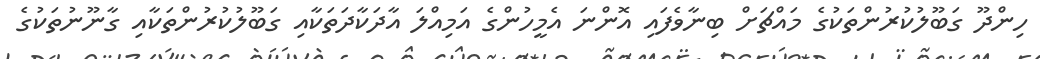
ހިންދޫ ގަބޫލުކުރުންތަކުގެ މައްޗަށް ބިނާވެފައި އޮންނަ އެމީހުންގެ އަމިއްލަ އާދަކާދަތަކާއި ގަބޫލުކުރުންތަކާއި ގާނޫނުތަކުގެ